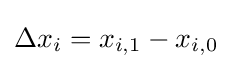
\Delta x_{i}=x_{i,1}-x_{i,0}